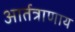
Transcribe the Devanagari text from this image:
आर्तत्राणाय